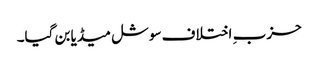
حزب ِ اختلاف سوشل میڈیا بن گیا۔